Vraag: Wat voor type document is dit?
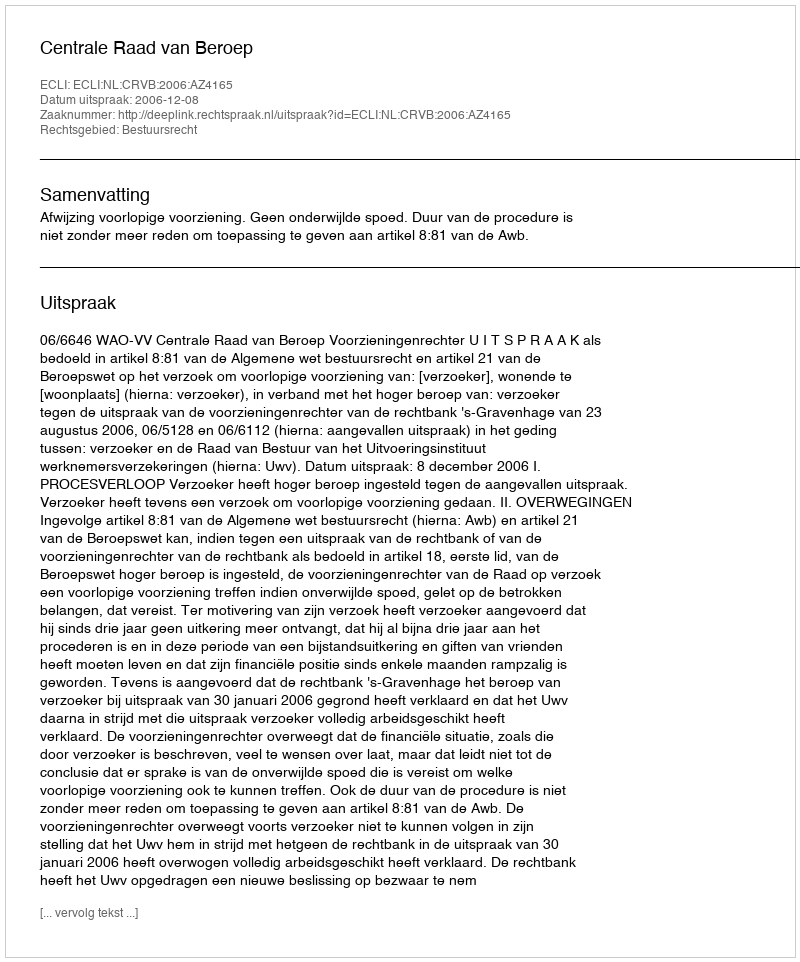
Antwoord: Uitspraak